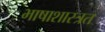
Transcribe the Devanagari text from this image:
भाषाशास्त्रत